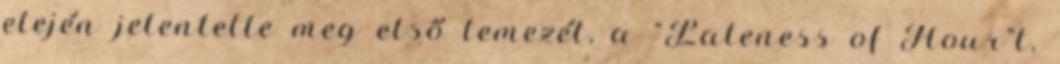
elején jelentette meg első lemezét, a "Lateness of Hour"t.